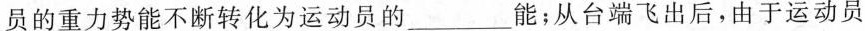
员的重力势能不断转化为运动员的___